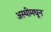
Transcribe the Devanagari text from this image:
अस्थीमधून